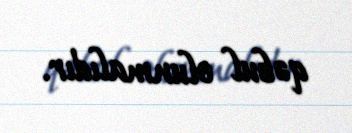
qəbul olunmalıdır.